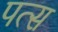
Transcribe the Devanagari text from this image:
पत्स